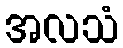
အလသံ